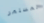
المستمر